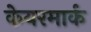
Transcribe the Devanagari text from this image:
केयरमार्क